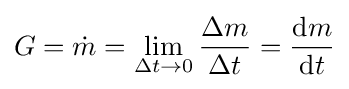
G={\dot {m}}=\lim \limits _{\Delta t\rightarrow 0}{\frac {\Delta m}{\Delta t}}={\frac {{\rm {d}}m}{{\rm {d}}t}}